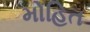
મોહિત